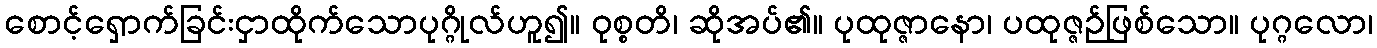
စောင့်ရှောက်ခြင်းငှာထိုက်သောပုဂ္ဂိုလ်ဟူ၍။ ဝုစ္စတိ၊ ဆိုအပ်၏။ ပုထုဇ္ဇာနော၊ ပထုဇ္ဇဉ်ဖြစ်သော။ ပုဂ္ဂလော၊